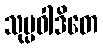
သုပ္ပဝါဒိတေ